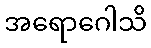
အရောဂေါသိ